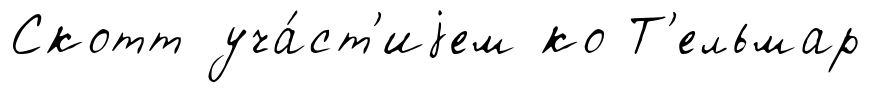
Скотт уча́ст'иjем ко Т'ельмар